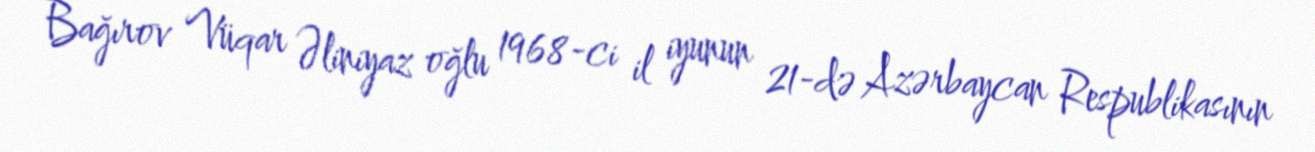
Bağırov Vüqar Əliniyaz oğlu 1968-ci il iyunun 21-də Azərbaycan Respublikasının